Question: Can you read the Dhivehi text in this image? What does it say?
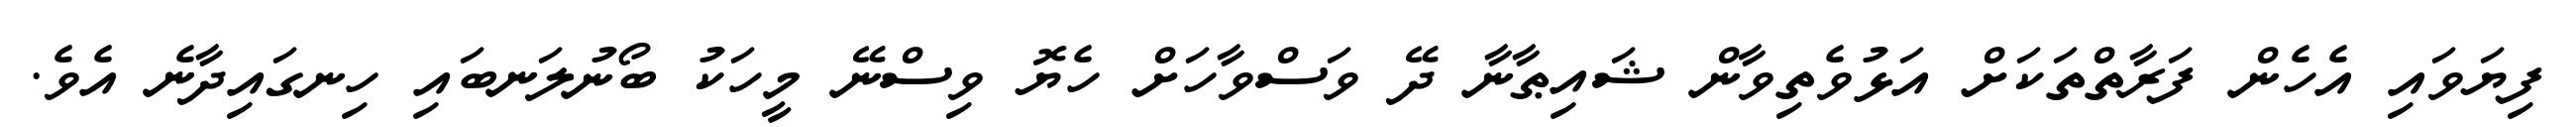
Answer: ފިޔަވައި އެހެން ފަރާތްތަކަށް އަޅުވެތިވާން ޝައިޠާނާ ދޭ ވަސްވާހަށް ހެޔޮ ވިސްނޭ މީހަކު ބޯނުލަނބައި ހިނގައިދާނެ އެވެ.